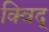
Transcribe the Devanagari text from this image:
क्विद्